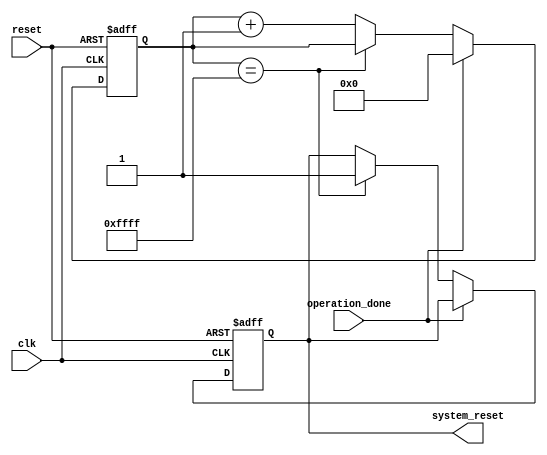
module WatchdogTimer (
    input wire clk,
    input wire reset,
    input wire operation_done,
    output reg system_reset
);

reg [15:0] timer_count;
reg timer_expired;
reg sync_signal;

always @(posedge clk or posedge reset) begin
    if (reset) begin
        timer_count <= 16'd0;
        timer_expired <= 1'b0;
        sync_signal <= 1'b0;
        system_reset <= 1'b0;
    end else begin
        if (operation_done) begin
            timer_count <= 16'd0;
            timer_expired <= 1'b0;
            sync_signal <= 1'b1;
        end else begin
            if (timer_count == 16'd65535) begin
                timer_expired <= 1'b1;
                system_reset <= 1'b1;
            end else begin
                timer_count <= timer_count + 1;
            end
        end
    end
end

endmodule